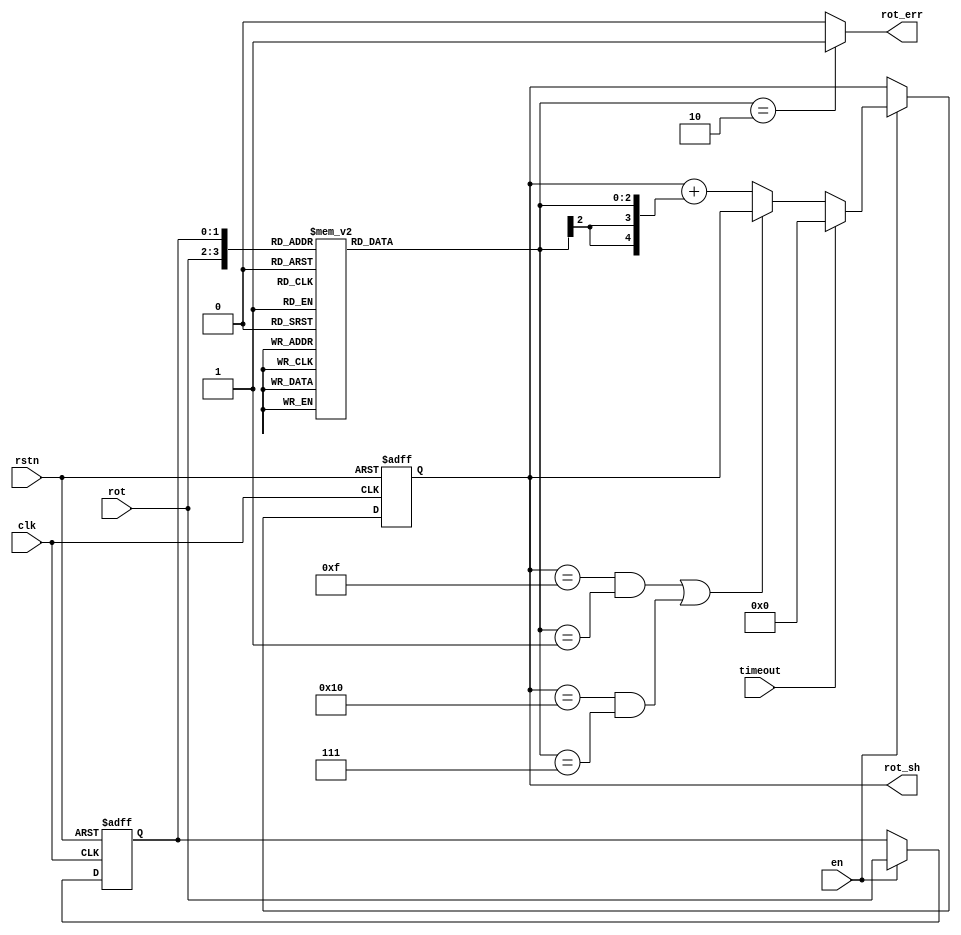
//**********************************************************************
// Copyright 2016-2017 by Silicon Creations Inc.  All rights reserved. *
// No portion of this material may be reproduced in any form           *
// without the written permission from Silicon Creations.              *
// All information contained is Silicon Creations company private,     *
// proprietary, and trade secret.                                      *
//**********************************************************************
// Context:     		Silicon Creation RTL
// Version              1.0: 	Tue Aug 14 17:50:50 EDT 2018
// support@siliconcr.com
//**********************************************************************
//
// 
//

`timescale 1ps / 1ps

`ifdef SYNTHESIS
    `define REG_DELAY
`else
    `define REG_DELAY #1
`endif

module CORERFDshcnt(
    clk,
    en,
    rstn,
    timeout,
    rot,
    rot_sh,
    rot_err
);

//////////////////////////////////////////////////////////////////////
// Parameters
parameter   CTR_SIZE=5;     // Size of counter in bits. Has to be more than 2.
localparam  ROT_SIZE=2;     // Number of rotation steps for a full rotation.

//////////////////////////////////////////////////////////////////////
// Input signals
input clk;                  // Input clock
input en;                   // Enable
input rstn;                 // Reset
input timeout;              // Timeout signal from time counter
input [1:0] rot;            // Gray coded rotation position

//////////////////////////////////////////////////////////////////////
// Output signals
output reg [CTR_SIZE-1:0] rot_sh;   // Rotation shift. Tells what is the rotation shift from last reset or timeout. (SIGNED!!!)
output rot_err;                     // Rotation error. Indicates that rotation shifts was more than one step.

//////////////////////////////////////////////////////////////////////
// Variables
reg [CTR_SIZE-1:0] rot_sh_nxt;   
reg [ROT_SIZE-1:0] rot_last;    // Previous value of rot.
reg [ROT_SIZE:0] rot_diff;      // Difference between actual and last rotation value. (SIGNED!!!)

//////////////////////////////////////////////////////////////////////
// Sequential logic
always @(posedge clk, negedge rstn) begin
    if(!rstn) begin
        rot_sh      <= `REG_DELAY {CTR_SIZE{1'b0}};
        rot_last    <= `REG_DELAY {ROT_SIZE{1'b0}};
    end
    else if(en) begin
        rot_sh      <= `REG_DELAY rot_sh_nxt;
        rot_last    <= `REG_DELAY rot;
    end
end

//////////////////////////////////////////////////////////////////////
// Combinational logic
always @* begin
    if(timeout) begin
        rot_sh_nxt = {CTR_SIZE{1'b0}};                                  // Reset rotation shift value.
    end
    else begin
        if( ((rot_sh=={1'b0,{(CTR_SIZE-1){1'b1}}}) && (rot_diff==3'b001)) || ((rot_sh=={1'b1,{(CTR_SIZE-1){1'b0}}}) && (rot_diff==3'b111)) ) begin      // Prevent counter from overflow in both directions.
            rot_sh_nxt = rot_sh;
        end
        else begin
            rot_sh_nxt = rot_sh + {{(CTR_SIZE-3){rot_diff[2]}},rot_diff};   // Calculate actual rotation shift. Complement rot_diff properly if rot_diff<0 or rot_diff>0.
        end
    end
end

//////////////////////////////////////////////////////////////////////
// Look-up table for decoding rotation shift
always @* begin
    case ({rot,rot_last})
       4'b0000, 4'b0101, 4'b1010, 4'b1111:  // Actual value the same as the last one.
           rot_diff = 3'b000;
       4'b0001, 4'b0111, 4'b1110, 4'b1000:  // Faster by one step. Add 1.
           rot_diff = 3'b001;
       4'b0010, 4'b1011, 4'b1101, 4'b0100:  // Slower by one step. Subtract 1 (Add -1 in 2's complement).
           rot_diff = 3'b111;
       default:                             // Steps by more than one. Not allowed. Results in immediate error.
           rot_diff = 3'b010;
    endcase
end

//////////////////////////////////////////////////////////////////////
// Assigns
assign rot_err = (rot_diff == 3'b010) ? 1'b1 : 1'b0;

endmodule